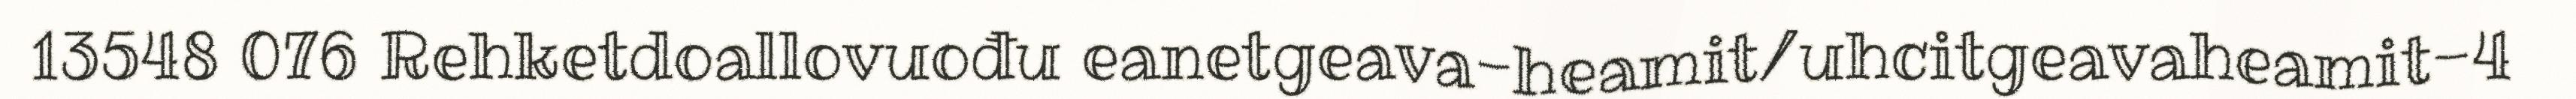
13548 076 Rehketdoallovuođu eanetgeava-heamit/uhcitgeavaheamit-4